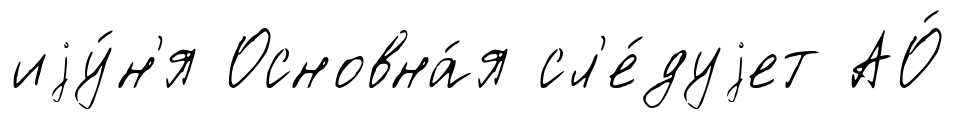
иjу́н'я Основна́я сл'е́дуjет АО́